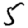
Digit: 5